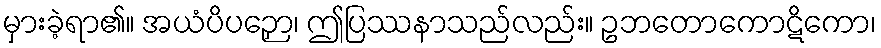
မှားခဲ့ရာ၏။ အယံပိပဉှော၊ ဤပြဿနာသည်လည်း။ ဥဘတောကောဋိကော၊